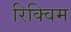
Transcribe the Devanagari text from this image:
रिक्विम